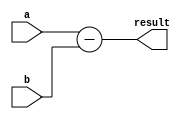
module Subtractor(
    input [7:0] a,
    input [7:0] b,
    output reg [7:0] result
);

always @(a, b)
begin
    result = a - b;
end

endmodule